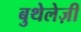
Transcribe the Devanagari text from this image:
बुथेलेज़ी